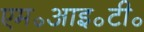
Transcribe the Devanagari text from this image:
एम॰आइ॰टी॰